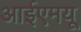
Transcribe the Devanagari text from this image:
आईएमयू